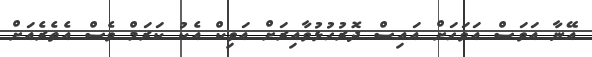
އޭނާ އަވަސް އަވަހަށް އައިސް ދޮރުހުޅުވާއިރަށް އަވިކް އެކު ކަރަމް ވެސް އެތެރެއަށް